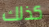
كذلك